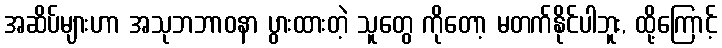
အဆိပ်များဟာ အသုဘဘာဝနာ ပွားထားတဲ့ သူတွေ ကိုတော့ မတက်နိုင်ပါဘူး, ထို့ကြောင့်